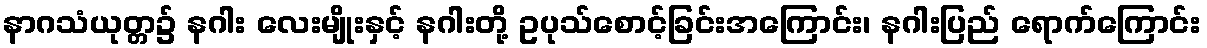
နာဂသံယုတ္တ၌ နဂါး လေးမျိုးနှင့် နဂါးတို့ ဥပုသ်စောင့်ခြင်းအကြောင်း၊ နဂါးပြည် ရောက်ကြောင်း